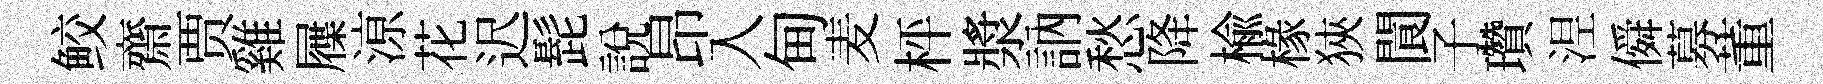
鲛齋贾雞屧鿌花迟髭説昂入甸麦枰漿訥愁降榆椽狹閬子瓚𣵀僢募董